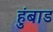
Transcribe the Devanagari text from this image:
हुंबाड